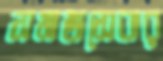
সমাজসেবার